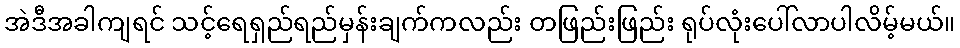
အဲဒီအခါကျရင် သင့်ရေရှည်ရည်မှန်းချက်ကလည်း တဖြည်းဖြည်း ရုပ်လုံးပေါ်လာပါလိမ့်မယ်။